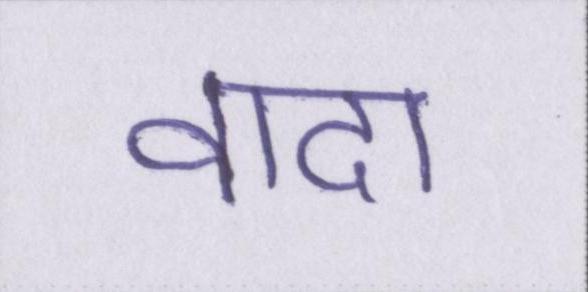
वादा